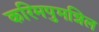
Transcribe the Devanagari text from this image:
करिमपुमन्निल